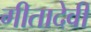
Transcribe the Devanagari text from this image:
गीतादेवी